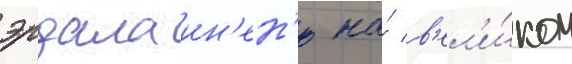
эрдала ин'ен'ю на́ в'ел'и́ком